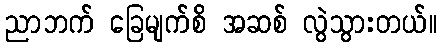
ညာဘက် ခြေမျက်စိ အဆစ် လွဲသွားတယ်။